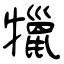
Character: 犣